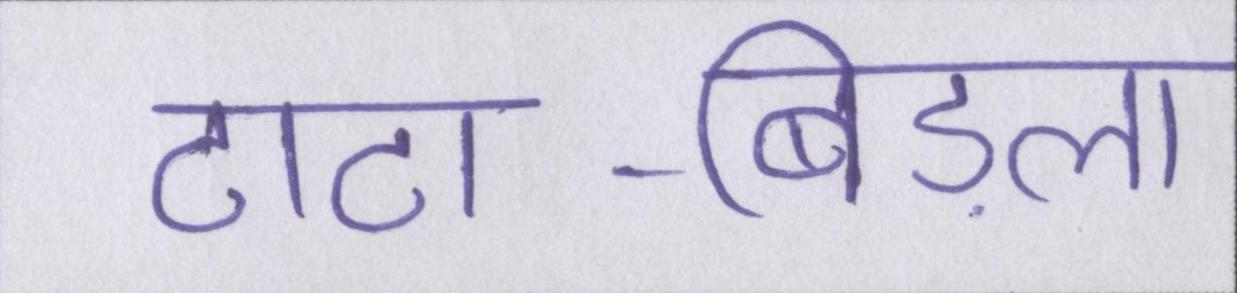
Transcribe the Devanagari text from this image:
टाटा-बिड़ला